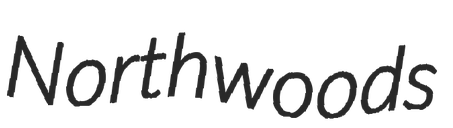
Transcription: Northwoods